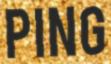
PING